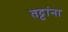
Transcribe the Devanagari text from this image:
तट्टांना